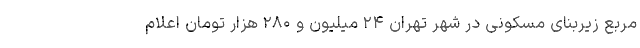
مربع زیربنای مسکونی در شهر تهران ۲۴ میلیون و ۲۸۰ هزار تومان اعلام